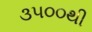
૩૫૦૦થી